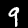
Label: 9